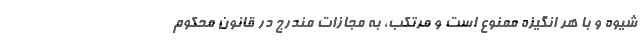
شیوه و با هر انگیزه ممنوع است و مرتکب، به مجازات مندرج در قانون محکوم